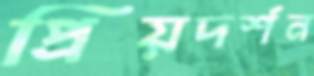
প্রিয়দর্শন